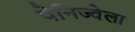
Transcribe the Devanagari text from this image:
पेनिज्वेला